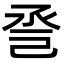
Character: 巹